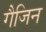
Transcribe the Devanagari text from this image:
गैजिन